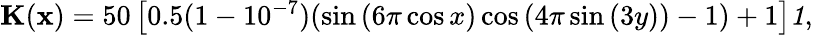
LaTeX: \begin{array}{r}{{\mathbf K}({\mathbf x})=50\left[0.5(1-10^{-7})(\sin{(6\pi\cos{x})}\cos{(4\pi\sin{(3y)})}-1)+1\right]{\mathit{1}},}\end{array}